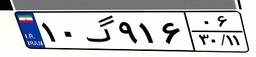
۱۰گ۹۱۶۰۶